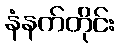
နံနက်တိုင်း